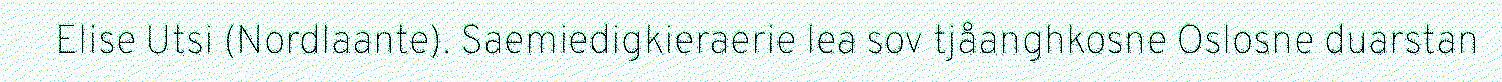
Elise Utsi (Nordlaante). Saemiedigkieraerie lea sov tjåanghkosne Oslosne duarstan